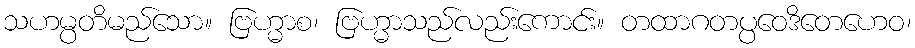
သဟမ္ပတိမည်သော။ ဗြဟ္မာစ၊ ဗြဟ္မာသည်လည်းကောင်း။ တထာဂတပ္ပဝေဒိတေဟေဝ၊